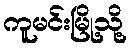
ကူမင်းမြို့သို့